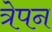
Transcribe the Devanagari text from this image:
त्रेपन